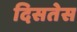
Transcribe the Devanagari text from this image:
दिसतेस